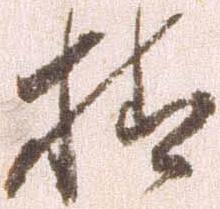
様